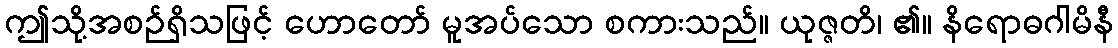
ဤသို့အစဉ်ရှိသဖြင့် ဟောတော် မူအပ်သော စကားသည်။ ယုဇ္ဇတိ၊ ၏။ နိရောဓဂါမိနီ